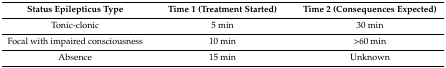
| Status Epilepticus Type | Time 1 (Treatment Started) | Time 2 (Consequences Expected) |
 | --- | --- | --- |
 | Tonic-clonic | 5 min | 30 min |
 | Focal with impaired consciousness | 10 min | >60 min |
 | Absence | 15 min | Unknown |